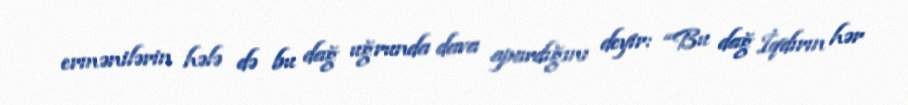
ermənilərin hələ də bu dağ uğrunda dava apardığını deyir: “Bu dağ İqdırın hər